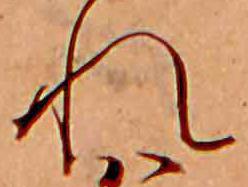
れ